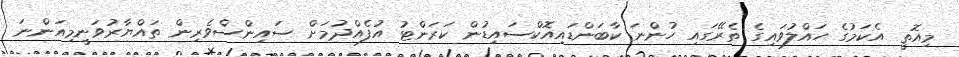
މިއޮތީ އެކަމުގެ ހައްލުވައިގެ ތެރޭގައި ހުންނަ ކާބަންޑައިއޮކްސައިޑުން ކަރަންޓު އުފެއްދުމަށް ސައިންސްވެރިން ތައްޔާރުވަނީމިއަންނަ